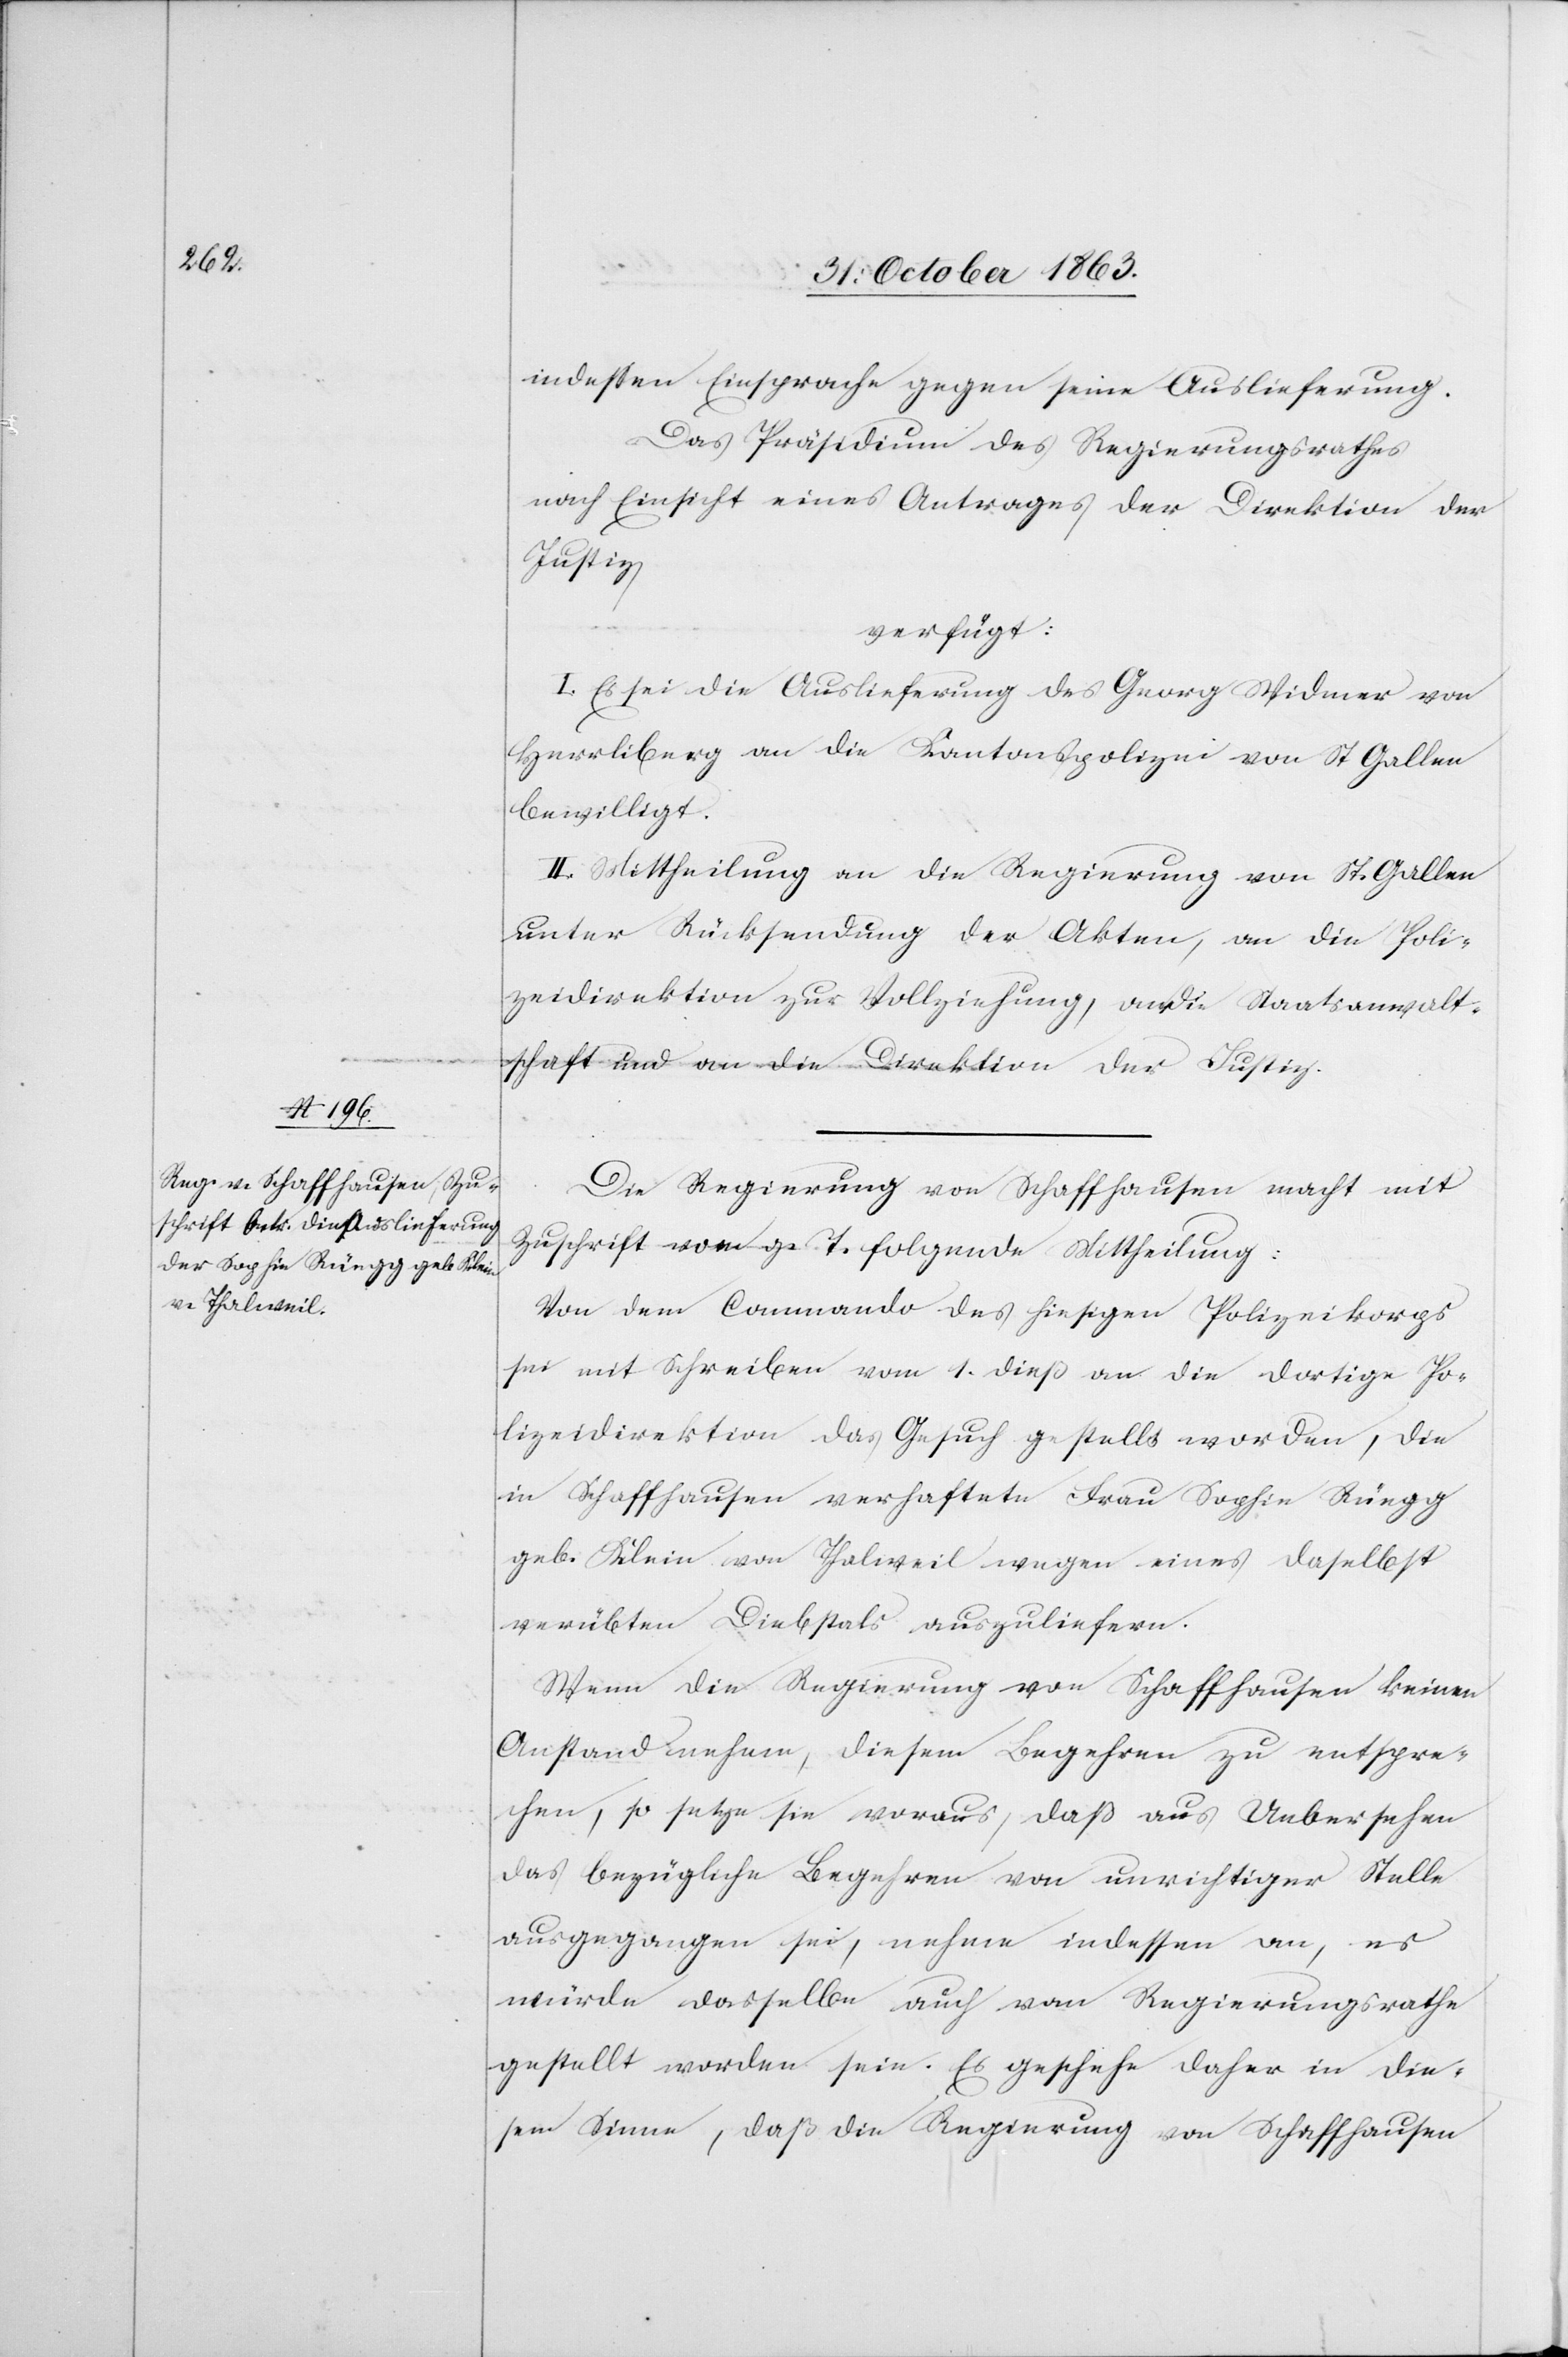
indessen Einsprache gegen seine Auslieferung.
Das Präsidium des Regierungsrathes
nach Einsicht eines Antrages der Direktion der
Justiz
verfügt:
I. Es sei die Auslieferung des Georg Widmer von
Herrliberg an die Kantonspolizei von St. Gallen
bewilligt.
II. Mittheilung an die Regierung von St. Gallen
unter Rücksendung der Akten, an die Poli¬
zeidirektion zur Vollziehung, an die Staatsanwalt¬
schaft und an die Direkti¬
on der Justiz.
Die Regierung von Schaffhausen macht mit
Zuschrift vom g. T. folgende Mittheilung:
Von dem Commando des hiesigen Polizeikorps
sei mit Schreiben vom 1. dieß an die dortige Po¬
lizeidirektion das Gesuch gestellt worden, die
in Schaffhausen verhaftete Frau Sophie Rüegg
geb. Klein von Thalweil wegen eines daselbst
verübten Diebstals auszuliefern.
Wenn die Regierung von Schaffhausen keinen
Anstand nehme, diesem Begehren zu entspre¬
chen, so setze sie voraus, daß aus Uebersehen
das bezügliche Begehren von unrichtiger Stelle
ausgegangen sei, nehme indessen an, es
würde dasselbe auch vom Regierungsrathe
gestellt worden sein. Es geschehe daher in die¬
sem Sinne, daß die Regierung von Schaffhausen